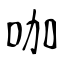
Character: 咖